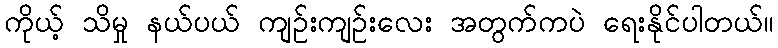
ကိုယ့် သိမှု နယ်ပယ် ကျဉ်းကျဉ်းလေး အတွက်ကပဲ ရေးနိုင်ပါတယ်။